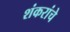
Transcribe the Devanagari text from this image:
शंकरांचे